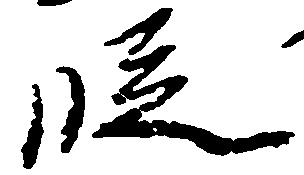
段